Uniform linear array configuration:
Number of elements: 64
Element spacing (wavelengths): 0.75
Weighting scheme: exponential
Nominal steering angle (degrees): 15
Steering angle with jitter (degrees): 13.419
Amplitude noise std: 0.05
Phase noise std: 0.05

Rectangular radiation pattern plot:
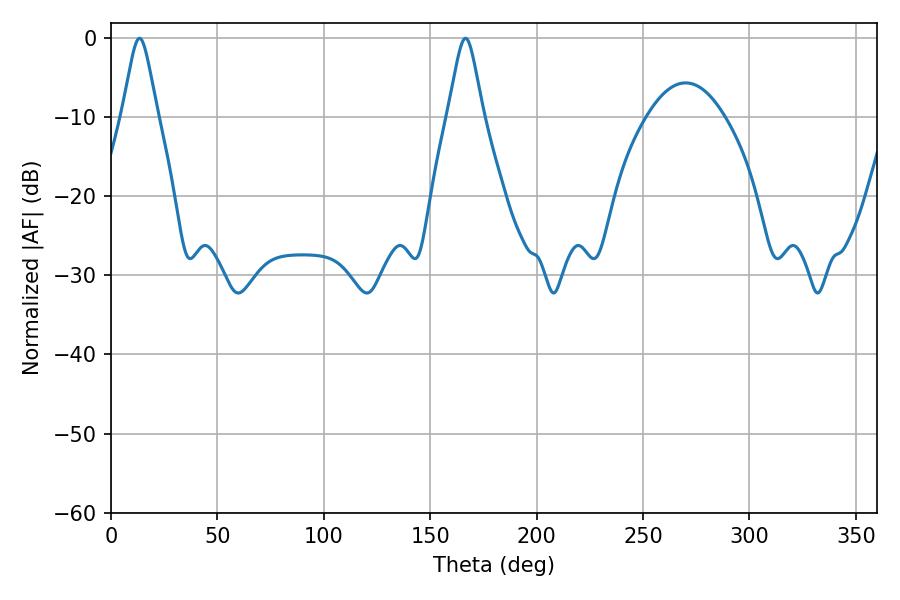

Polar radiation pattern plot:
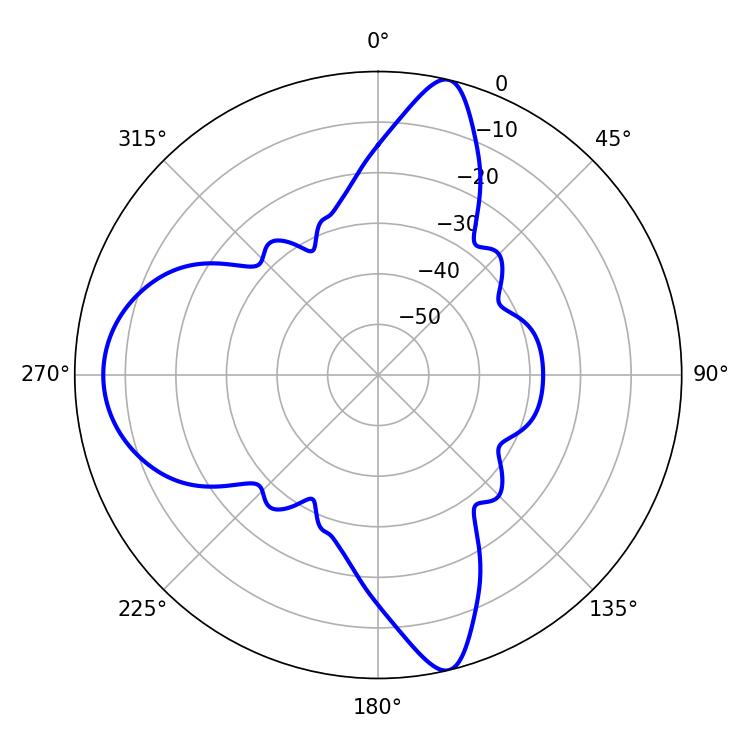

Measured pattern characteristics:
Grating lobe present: TRUE
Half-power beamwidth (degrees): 7.92
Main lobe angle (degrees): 13.5